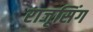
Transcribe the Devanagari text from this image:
राजूसिंग